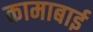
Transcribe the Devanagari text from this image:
कामाबाई